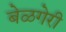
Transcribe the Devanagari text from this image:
बेळगेरी